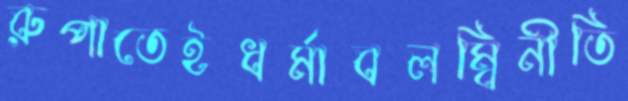
রুপাতেইধর্মাবলম্বিনীতি